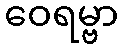
ဝေရမ္ဗာ